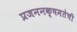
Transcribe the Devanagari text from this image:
प्रजननक्षमतेची